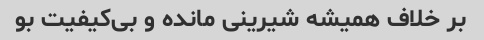
بر خلاف همیشه شیرینی مانده و بی‌کیفیت بو